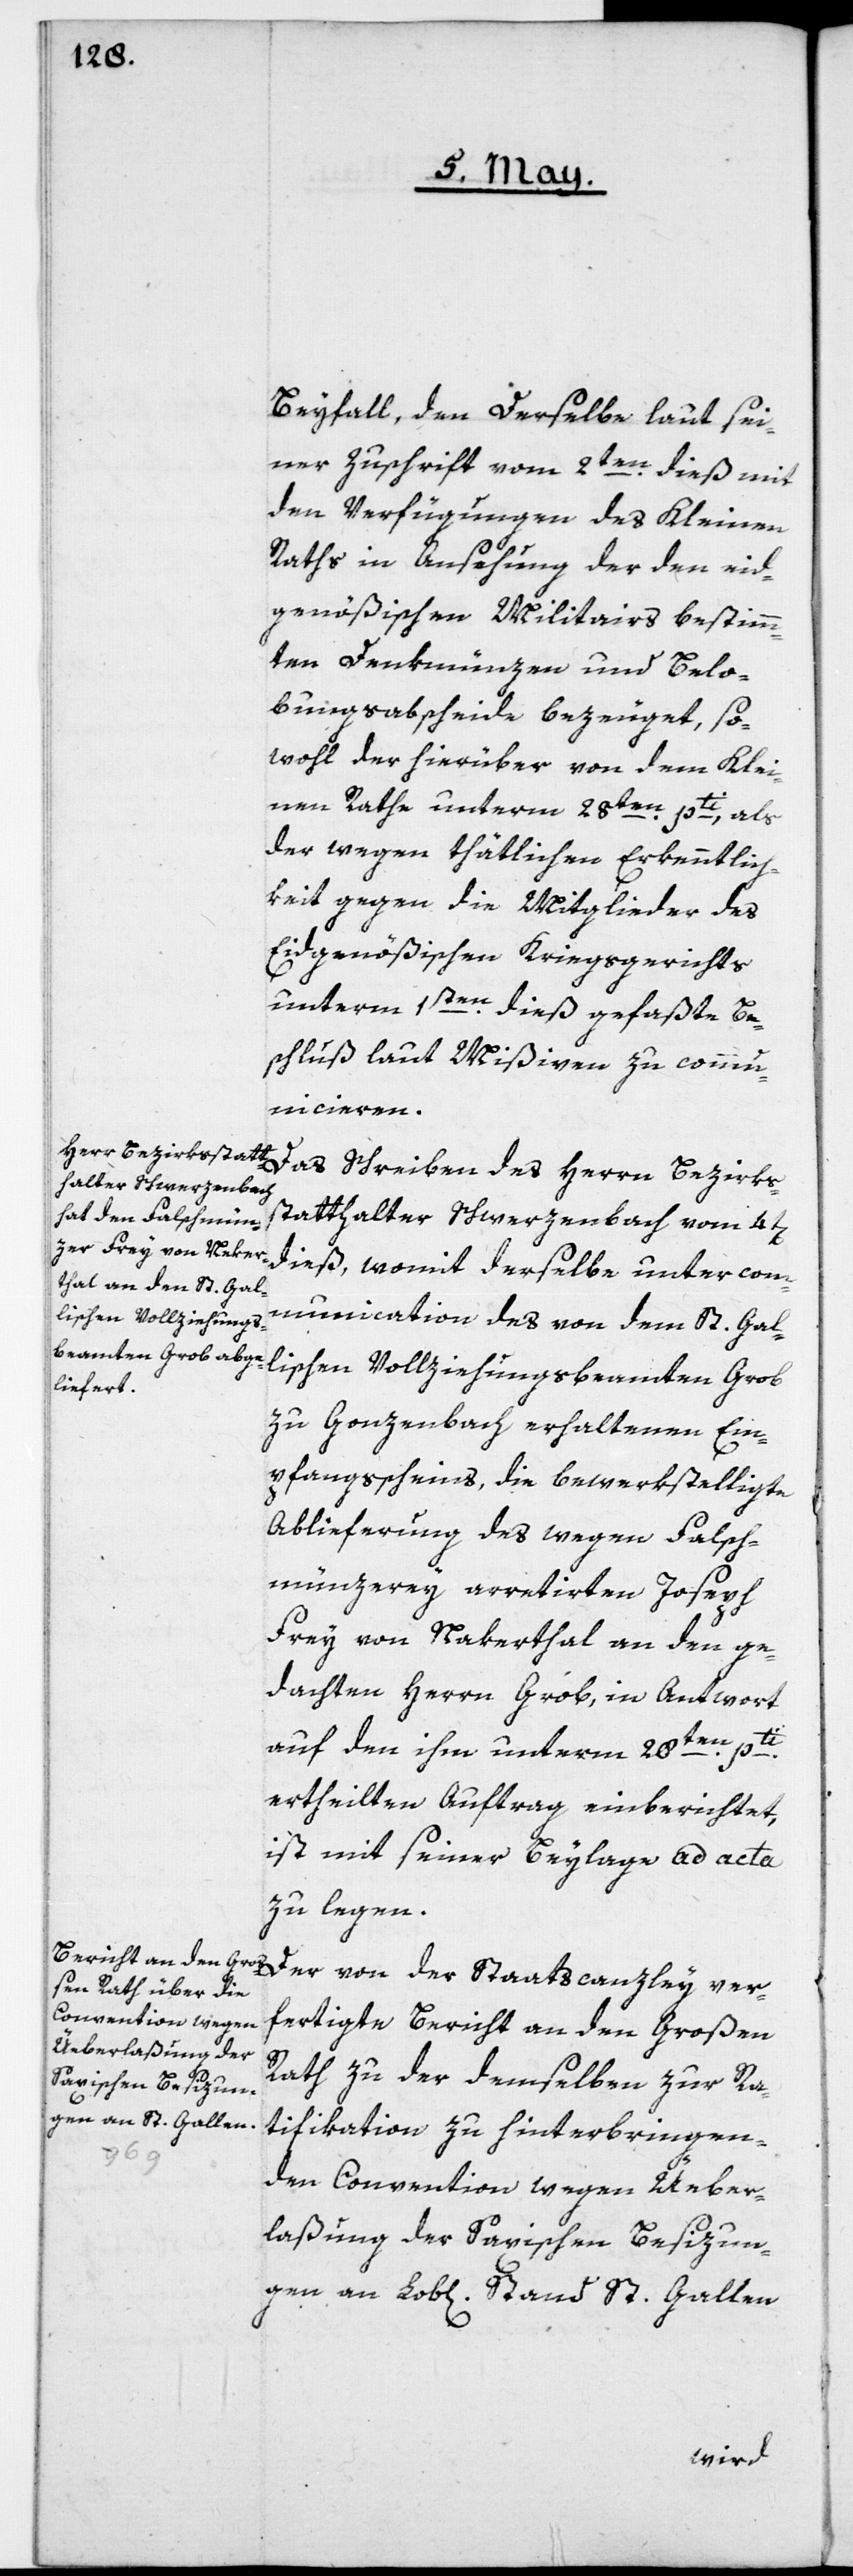
Beyfall, den derselbe laut sei¬
ner Zuschrift vom 2ten dieß mit
den Verfügungen des Kleinen
Raths in Ansehung der den eid¬
genößischen Militairs bestimmten
[recte: Dankmünzen] und Belo¬
hnungsabscheide bezeuget, so¬
wohl der hierüber von dem Klei¬
nen Rathe unterm 28ten pti, als
der wegen thätlichen Erkenntlich¬
keit gegen die Mitglieder des
Eidgenößischen Kriegsgerichts
unterm 1sten dieß gefaßte Be¬
schluß laut Mißiven zu commu¬
nicieren.
Das Schreiben des Herrn Bezirks¬
statthalter Schwerzenbach vom 4t[en]
dieß, womit derselbe unter com¬
munication [sic!] des von dem St. Gal¬
lischen Vollziehungsbeamten Grob
zu Gonzenbach erhaltenen Em¬
pfangsscheins, die bewerkstelligte
Ablieferung des wegen Falsch¬
münzerey arretirten Joseph
Frey von Nakerthal an den ge¬
dachten Herrn Grob,, in Antwort
auf den ihm unterm 28ten pti
ertheilten Auftrag einberichtet,
ist mit seiner Beylage ad acta
zu legen.